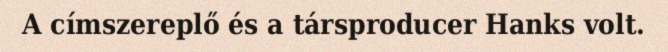
A címszereplő és a társproducer Hanks volt.